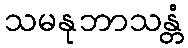
သမနုဘာသန္တံ